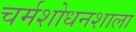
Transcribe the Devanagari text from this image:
चर्मशोधनशाला